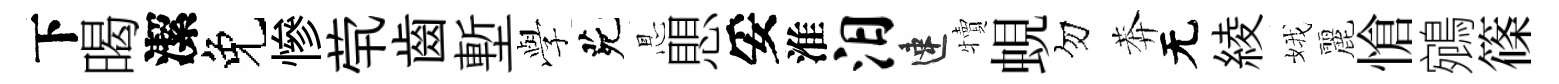
下暍潔免慘茕齒塹𫝯茕㤙愳妥淮汨速犢蜆勿莾无綾娥麗愴鵷篠